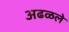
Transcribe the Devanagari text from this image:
अढळले